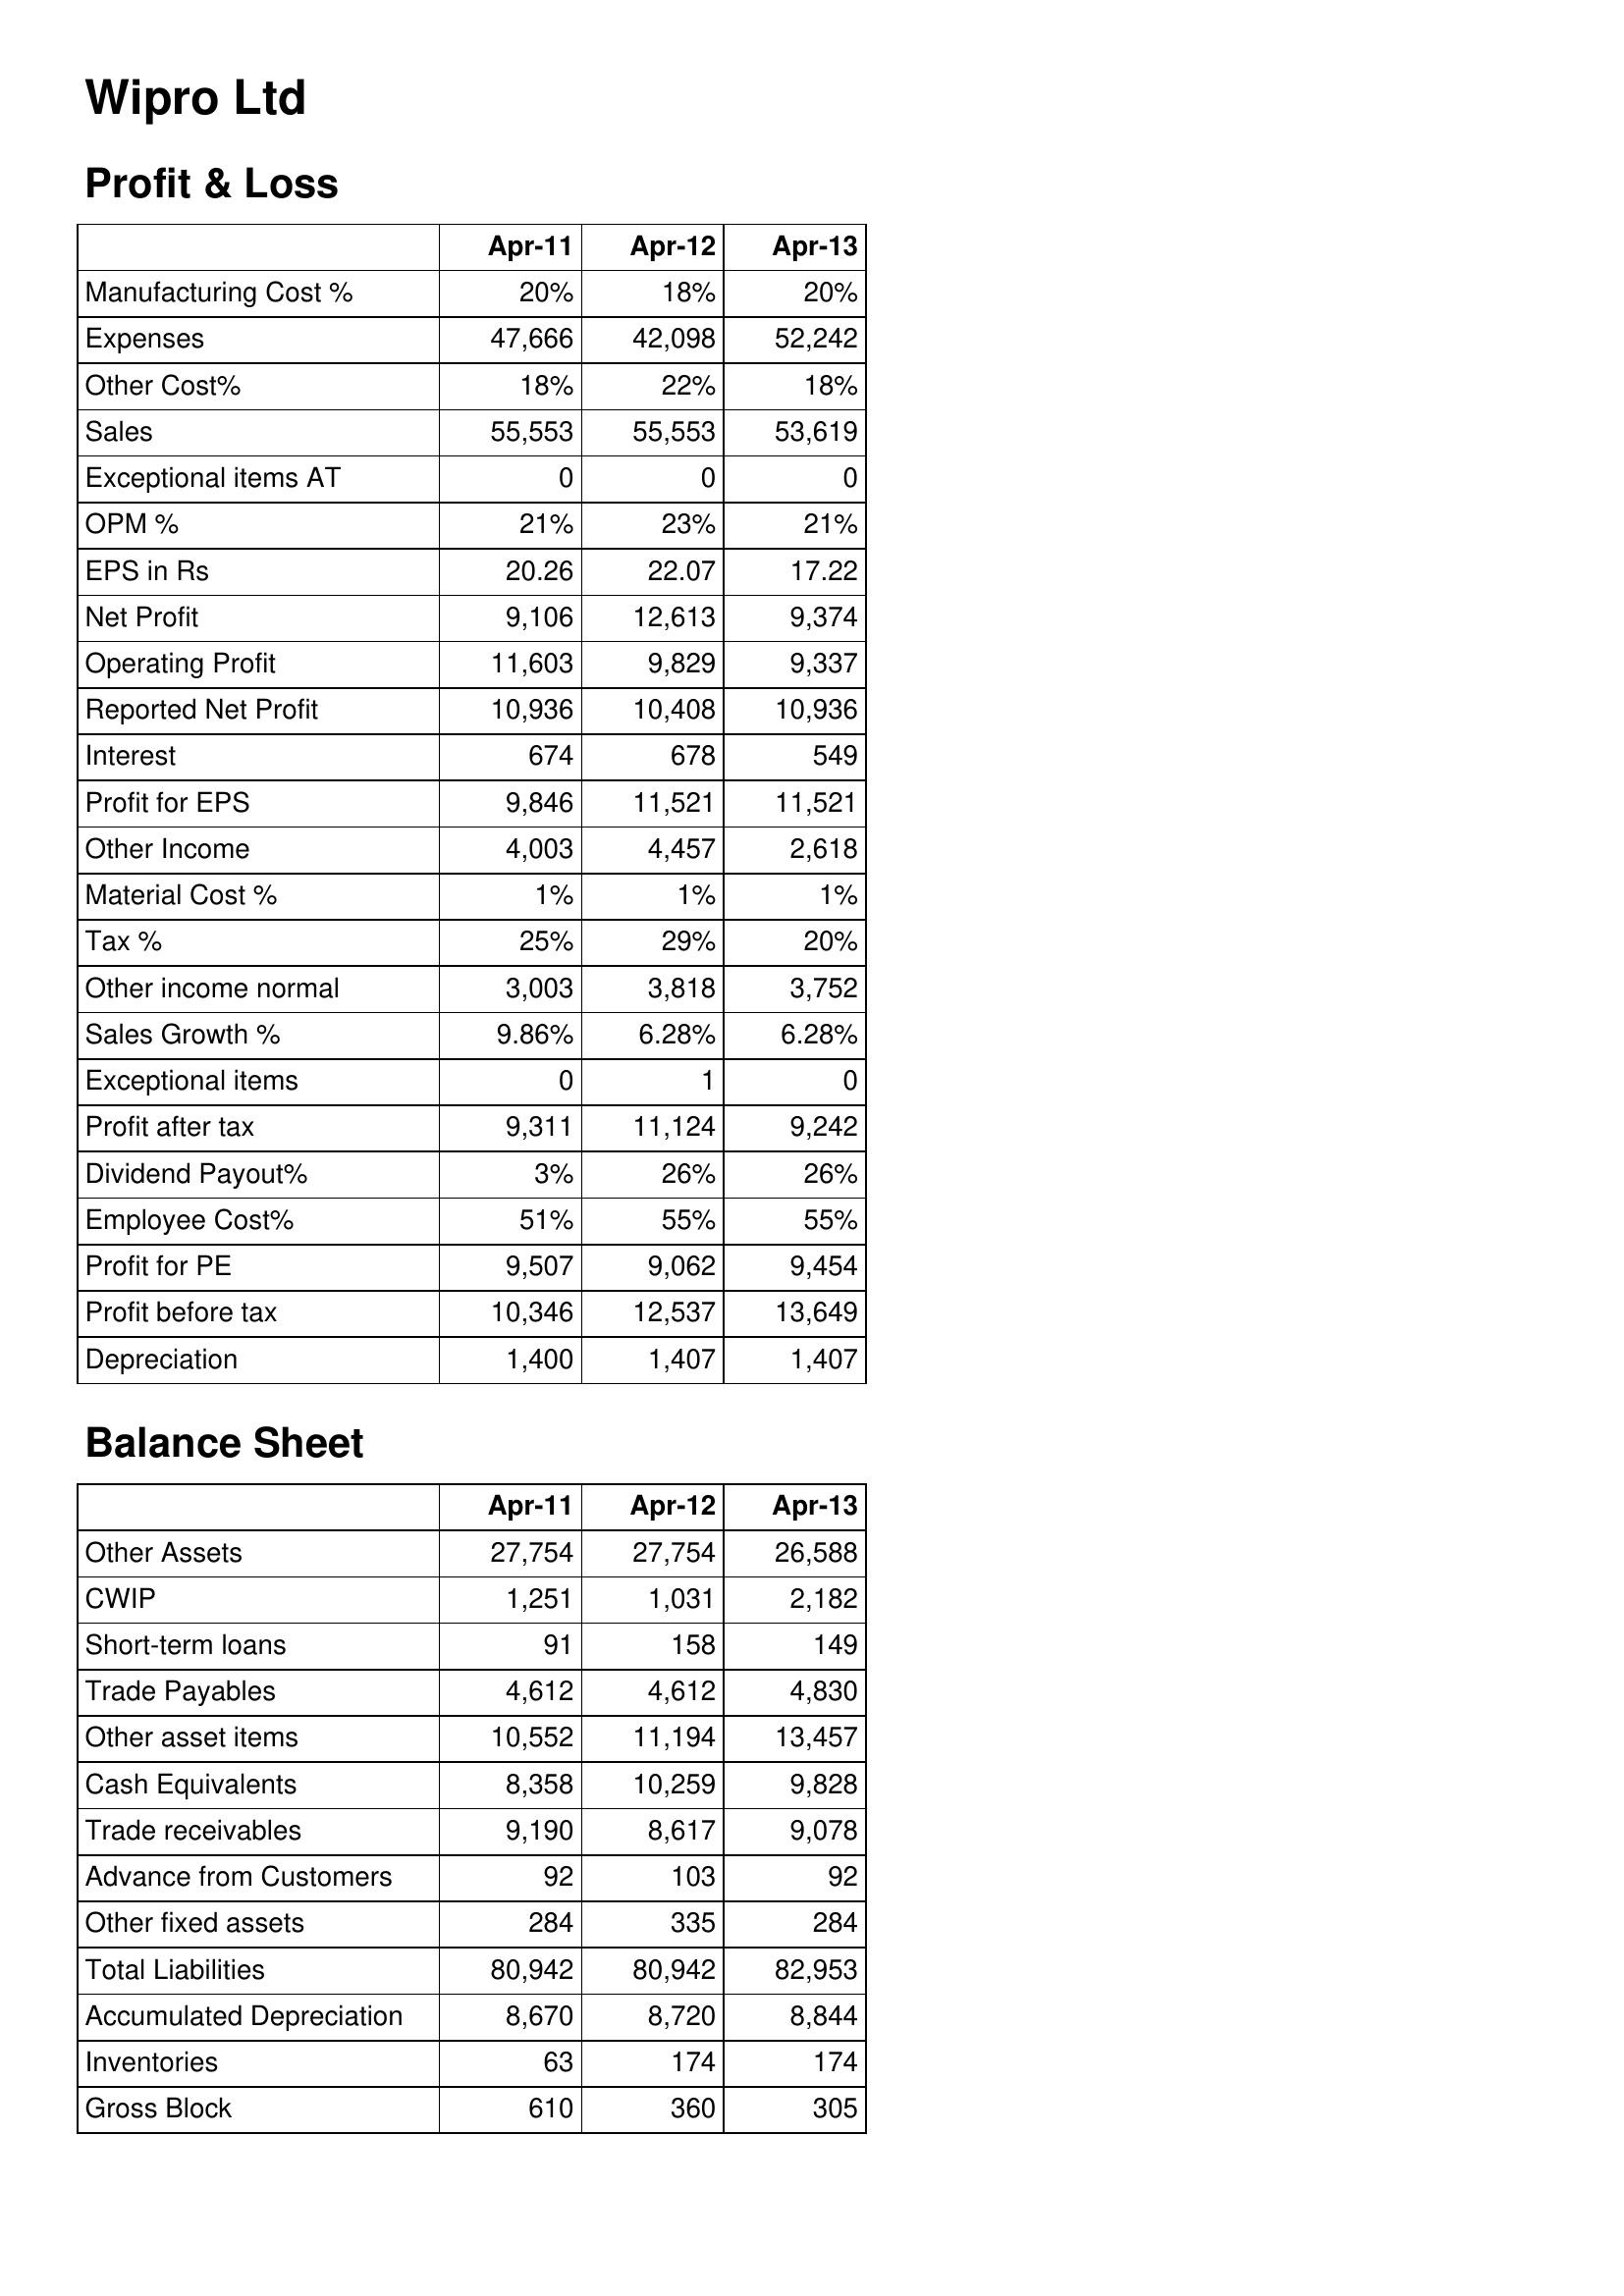
Apr-11: Profit & Loss: Manufacturing Cost %: 20%
Expenses: 47,666
Other Cost%: 18%
Sales: 55,553
Exceptional items AT: 0
OPM %: 21%
EPS in Rs: 20.26
Net Profit: 9,106
Operating Profit: 11,603
Reported Net Profit: 10,936
Interest: 674
Profit for EPS: 9,846
Other Income: 4,003
Material Cost %: 1%
Tax %: 25%
Other income normal: 3,003
Sales Growth %: 9.86%
Exceptional items: 0
Profit after tax: 9,311
Dividend Payout%: 3%
Employee Cost%: 51%
Profit for PE: 9,507
Profit before tax: 10,346
Depreciation: 1,400
Balance Sheet: Other Assets: 27,754
CWIP: 1,251
Short-term loans: 91
Trade Payables: 4,612
Other asset items: 10,552
Cash Equivalents: 8,358
Trade receivables: 9,190
Advance from Customers: 92
Other fixed assets: 284
Total Liabilities: 80,942
Accumulated Depreciation: 8,670
Inventories: 63
Gross Block: 610
Apr-12: Profit & Loss: Manufacturing Cost %: 18%
Expenses: 42,098
Other Cost%: 22%
Sales: 55,553
Exceptional items AT: 0
OPM %: 23%
EPS in Rs: 22.07
Net Profit: 12,613
Operating Profit: 9,829
Reported Net Profit: 10,408
Interest: 678
Profit for EPS: 11,521
Other Income: 4,457
Material Cost %: 1%
Tax %: 29%
Other income normal: 3,818
Sales Growth %: 6.28%
Exceptional items: 1
Profit after tax: 11,124
Dividend Payout%: 26%
Employee Cost%: 55%
Profit for PE: 9,062
Profit before tax: 12,537
Depreciation: 1,407
Balance Sheet: Other Assets: 27,754
CWIP: 1,031
Short-term loans: 158
Trade Payables: 4,612
Other asset items: 11,194
Cash Equivalents: 10,259
Trade receivables: 8,617
Advance from Customers: 103
Other fixed assets: 335
Total Liabilities: 80,942
Accumulated Depreciation: 8,720
Inventories: 174
Gross Block: 360
Apr-13: Profit & Loss: Manufacturing Cost %: 20%
Expenses: 52,242
Other Cost%: 18%
Sales: 53,619
Exceptional items AT: 0
OPM %: 21%
EPS in Rs: 17.22
Net Profit: 9,374
Operating Profit: 9,337
Reported Net Profit: 10,936
Interest: 549
Profit for EPS: 11,521
Other Income: 2,618
Material Cost %: 1%
Tax %: 20%
Other income normal: 3,752
Sales Growth %: 6.28%
Exceptional items: 0
Profit after tax: 9,242
Dividend Payout%: 26%
Employee Cost%: 55%
Profit for PE: 9,454
Profit before tax: 13,649
Depreciation: 1,407
Balance Sheet: Other Assets: 26,588
CWIP: 2,182
Short-term loans: 149
Trade Payables: 4,830
Other asset items: 13,457
Cash Equivalents: 9,828
Trade receivables: 9,078
Advance from Customers: 92
Other fixed assets: 284
Total Liabilities: 82,953
Accumulated Depreciation: 8,844
Inventories: 174
Gross Block: 305